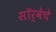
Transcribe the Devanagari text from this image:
सॉर्बेचे